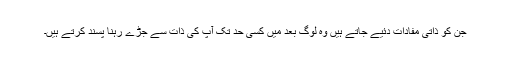
جن کو ذاتی مفادات دئیے جاتے ہیں وہ لوگ بعد میں کسی حد تک آپ کی ذات سے جڑے رہنا پسند کرتے ہیں۔